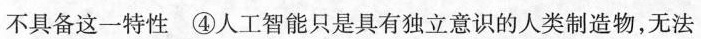
不具备这一特性④人工智能只是具有独立意识的人类制造物，无法